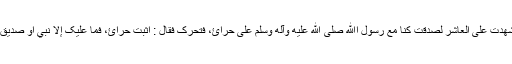
اشْهَدُ عَلَی التِّسْعَةِ انَّهُمْ فِي الْجَنَّةِ، وَلَوْ شَهِدْتُ عَلَی الْعَاشِرِ لَصَدَقْتُ کُنَّا مَعَ رَسُوْلِ اﷲِ صلی الله عليه وآله وسلم عَلٰی حِرَائٍ، فَتَحَرَّکَ فَقَالَ : اُثْبُتْ حِرَائُ، فَمَا عَلَيْکَ إِلَّا نَبِيٌّ اوْ صِدِّيْقٌ اوْ شَهِيْدٌ قُلْتُ : وَمَنْ کَانَ عَلٰی حِرَائٍ؟